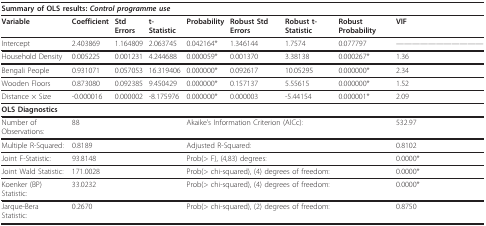
| <COLSPAN=9> Summary of OLS results: Control programme use |
 | --- | --- | --- | --- | --- | --- | --- | --- | --- |
 | Variable | Coefficient | Std Errors | t-Statistic | Probability | Robust Std Errors | Robust t-Statistic | Robust Probability | VIF |
 | Intercept | 2.403869 | 1.164809 | 2.063745 | 0.042164* | 1.346144 | 1.7574 | 0.077797 | ------------- |
 | Household Density | 0.005225 | 0.001231 | 4.244688 | 0.000059* | 0.001370 | 3.38138 | 0.000267* | 1.36 |
 | Bengali People | 0.931071 | 0.057053 | 16.319406 | 0.000000* | 0.092617 | 10.05295 | 0.000000* | 2.34 |
 | Wooden Floors | 0.873080 | 0.092385 | 9.450429 | 0.000000* | 0.157137 | 5.55615 | 0.000000* | 1.52 |
 | Distance × Size | -0.000016 | 0.000002 | -8.175976 | 0.000000* | 0.000003 | -5.44154 | 0.000001* | 2.09 |
 | <COLSPAN=9> OLS Diagnostics |
 | Number of Observations: | <COLSPAN=3> 88 | <COLSPAN=4> Akaike's Information Criterion (AICc): | 532.97 |
 | Multiple R-Squared: | <COLSPAN=3> 0.8189 | <COLSPAN=4> Adjusted R-Squared: | 0.8102 |
 | Joint F-Statistic: | <COLSPAN=3> 93.8148 | <COLSPAN=4> Prob(> F), (4,83) degrees: | 0.0000* |
 | Joint Wald Statistic: | <COLSPAN=3> 171.0028 | <COLSPAN=4> Prob(> chi-squared), (4) degrees of freedom: | 0.0000* |
 | Koenker (BP) Statistic: | <COLSPAN=3> 33.0232 | <COLSPAN=4> Prob(> chi-squared), (4) degrees of freedom: | 0.0000* |
 | Jarque-Bera Statistic: | <COLSPAN=3> 0.2670 | <COLSPAN=4> Prob(> chi-squared), (2) degrees of freedom: | 0.8750 |